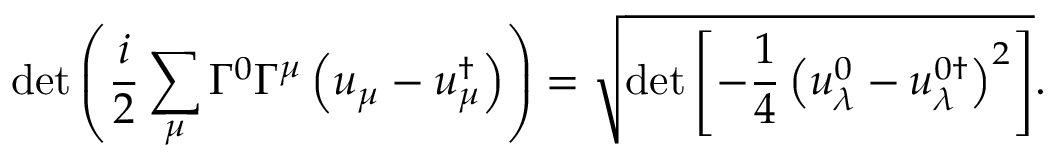
\operatorname * { d e t } \left( \frac { i } { 2 } \sum _ { \mu } \Gamma ^ { 0 } \Gamma ^ { \mu } \left( u _ { \mu } - u _ { \mu } ^ { \dagger } \right) \right) = \sqrt { \operatorname * { d e t } \left[ - \frac 1 4 \left( u _ { \lambda } ^ { 0 } - u _ { \lambda } ^ { 0 \dagger } \right) ^ { 2 } \right] } .